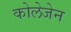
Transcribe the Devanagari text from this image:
कोलेजेन